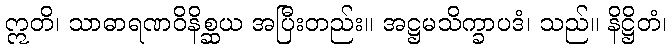
ဣတိ၊ သာဓာရဏဝိနိစ္ဆယ အပြီးတည်း။ အဋ္ဌမသိက္ခာပဒံ၊ သည်။ နိဋ္ဌိတံ၊